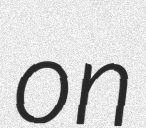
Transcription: on